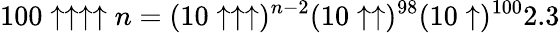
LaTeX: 100\uparrow\uparrow\uparrow\uparrow n=(10\uparrow\uparrow\uparrow)^{n-2}(10\uparrow\uparrow)^{98}(10\uparrow)^{100}2.3